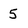
Character: 5